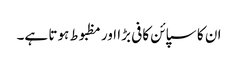
ان کا سپائن کافی بڑا اور مظبوط ہوتا ہے۔